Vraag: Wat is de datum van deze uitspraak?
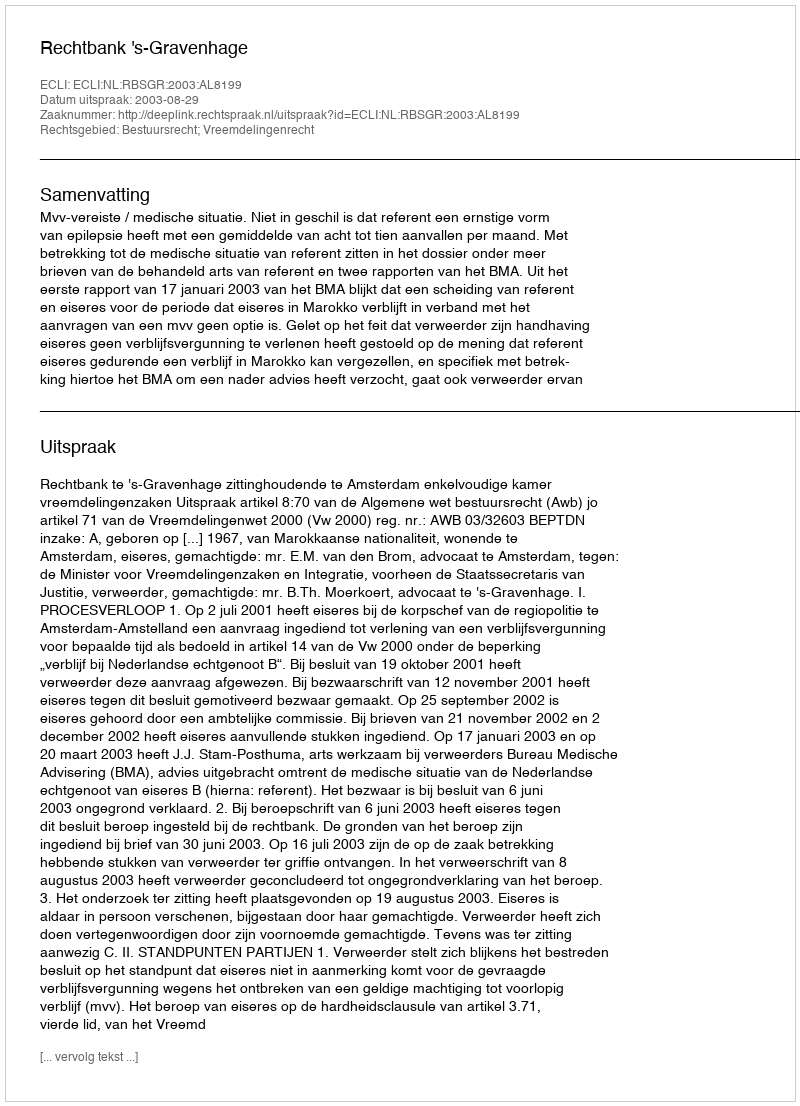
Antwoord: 2003-08-29